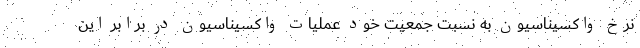
نرخ واکسیناسیون به نسبت جمعیت خود عملیات واکسیناسیون در برابر این